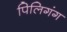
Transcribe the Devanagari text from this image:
पिलिगंग